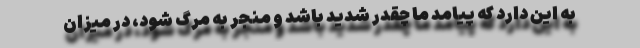
به این دارد که پیامد ما چقدر شدید باشد و منجر به مرگ شود، در میزان